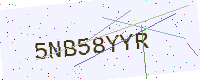
Text: 5NB58YYR